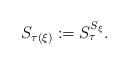
LaTeX: \begin{align*}S_{\tau(\xi)}:=S_{\tau}^{S_{\xi}}.\end{align*}